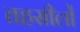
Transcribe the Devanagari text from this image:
तहसीलोँ